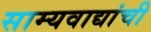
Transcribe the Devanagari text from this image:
साम्यवाद्यांची